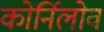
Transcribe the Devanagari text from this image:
कोर्निलोव